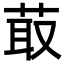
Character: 菆